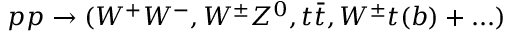
p p \rightarrow ( W ^ { + } W ^ { - } , W ^ { \pm } Z ^ { 0 } , t \bar { t } , W ^ { \pm } t ( b ) + . . . )